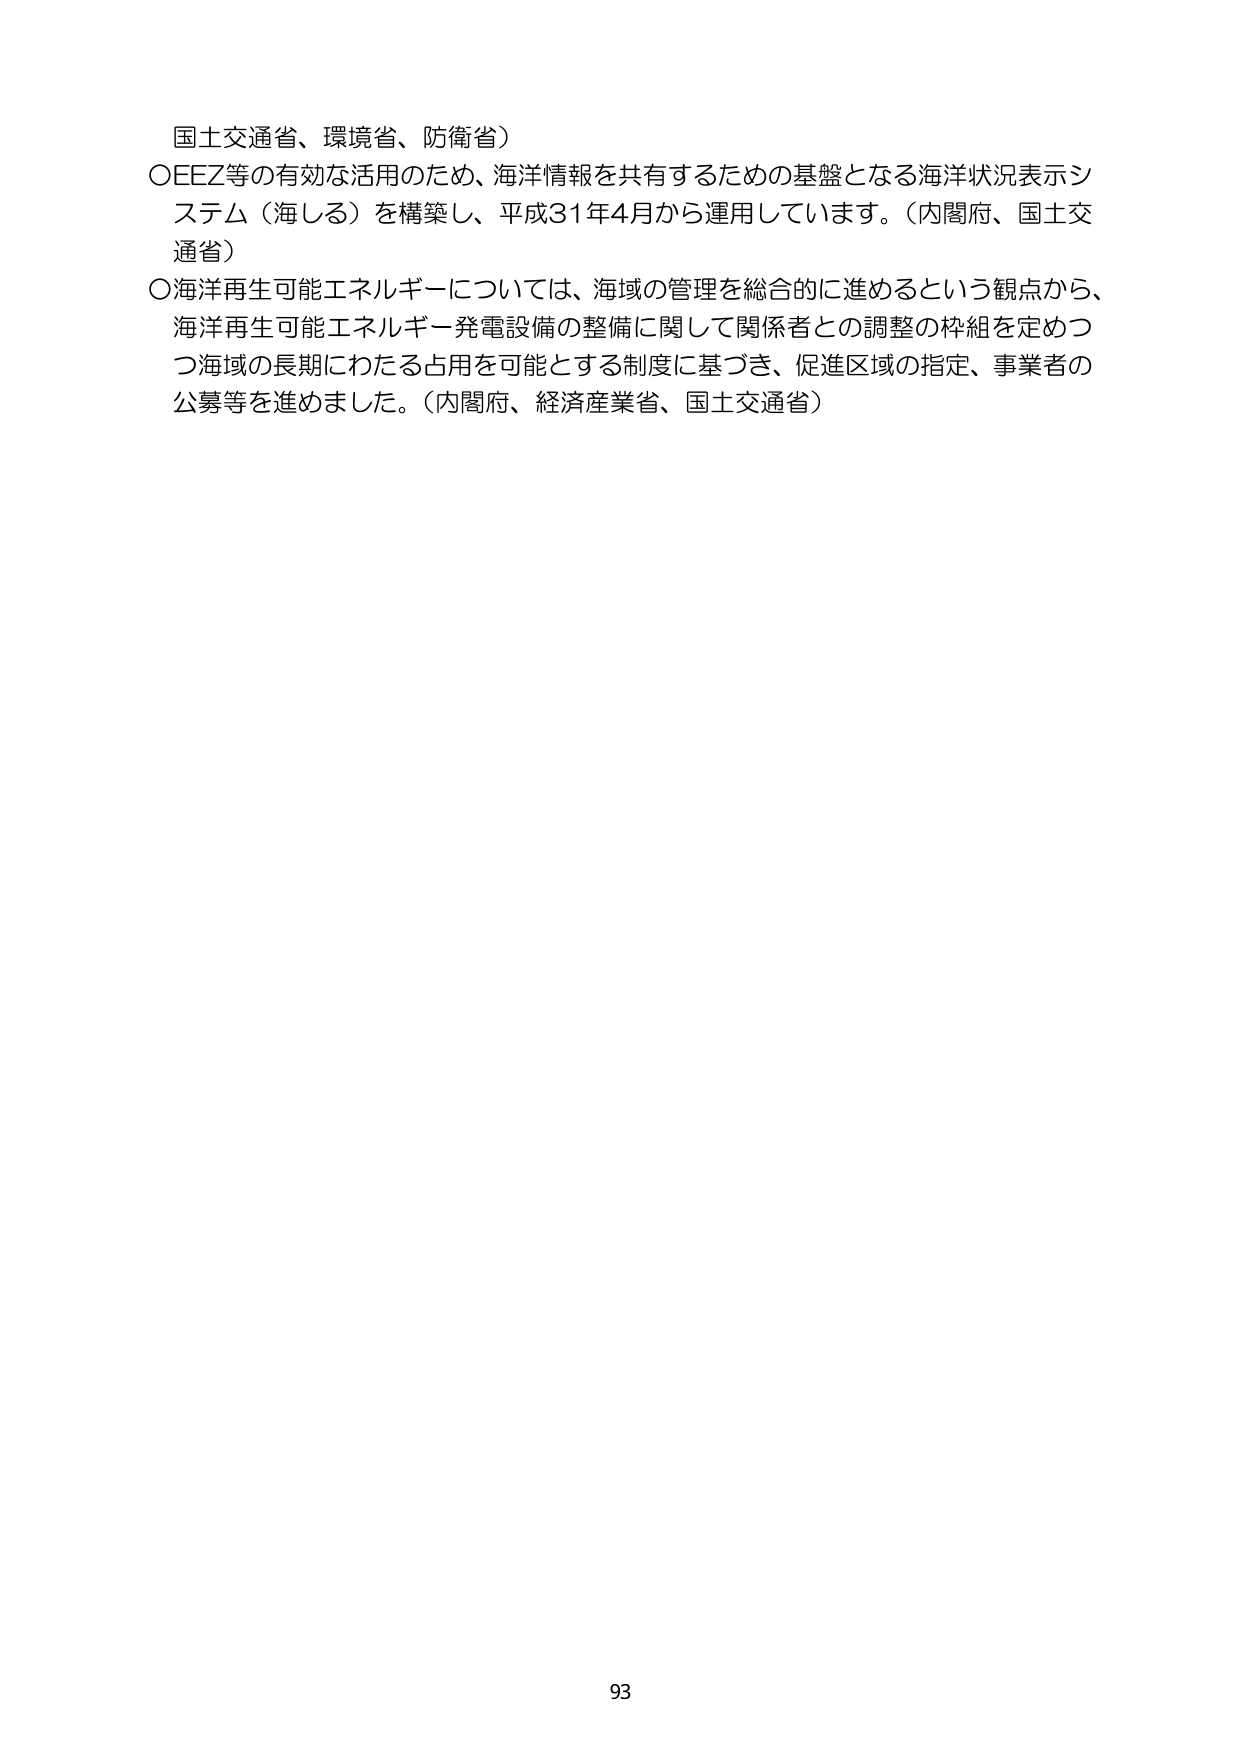
国土交通省、環境省、防衛省）

○EEZ等の有効な活用のため、海洋情報を共有するための基盤となる海洋状況表示システム（海しる）を構築し、平成31年4月から運用しています。（内閣府、国土交通省）

○海洋再生可能エネルギーについては、海域の管理を総合的に進めるという観点から、海洋再生可能エネルギー発電設備の整備に関して関係者との調整の枠組を定めつつ海域の長期にわたる占用を可能とする制度に基づき、促進区域の指定、事業者の公募等を進めました。（内閣府、経済産業省、国土交通省）

93